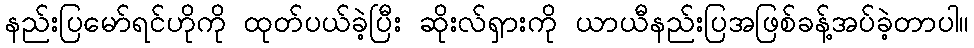
နည်းပြမော်ရင်ဟိုကို ထုတ်ပယ်ခဲ့ပြီး ဆိုးလ်ရှားကို ယာယီနည်းပြအဖြစ်ခန့်အပ်ခဲ့တာပါ။